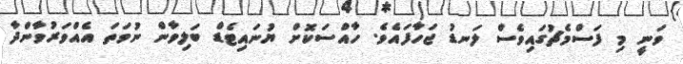
ވަނީ މި ފަސްމެޗުގައިވެސް ލަނޑު ޖަހާފައެވެ. ހާއްސަކޮށް ޔުނައިޓެޑް ބަލިވާން ނުވަތަ އެއްވަރުވާންދާ